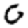
Digit: 0